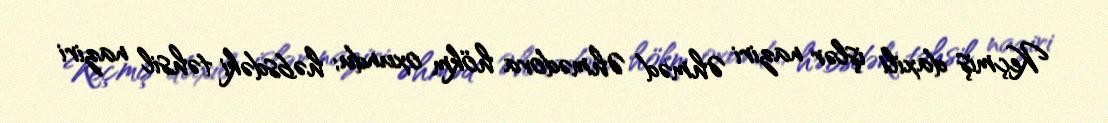
Keçmiş daxili işlər naziri Əhməd Əhmədova hökm oxundu; həbsdəki təhsil naziri